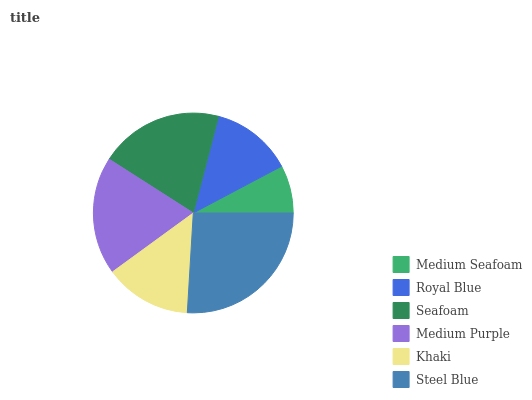
| Medium Seafoam | Royal Blue | Seafoam | Medium Purple | Khaki | Steel Blue |
 | --- | --- | --- | --- | --- | --- |
 | 7.75% | 13.2% | 20% | 19.1% | 14% | 25.9% |